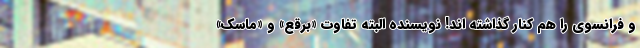
و فرانسوی را هم کنار گذاشته اند! نویسنده البته تفاوت «برقع» و «ماسک»